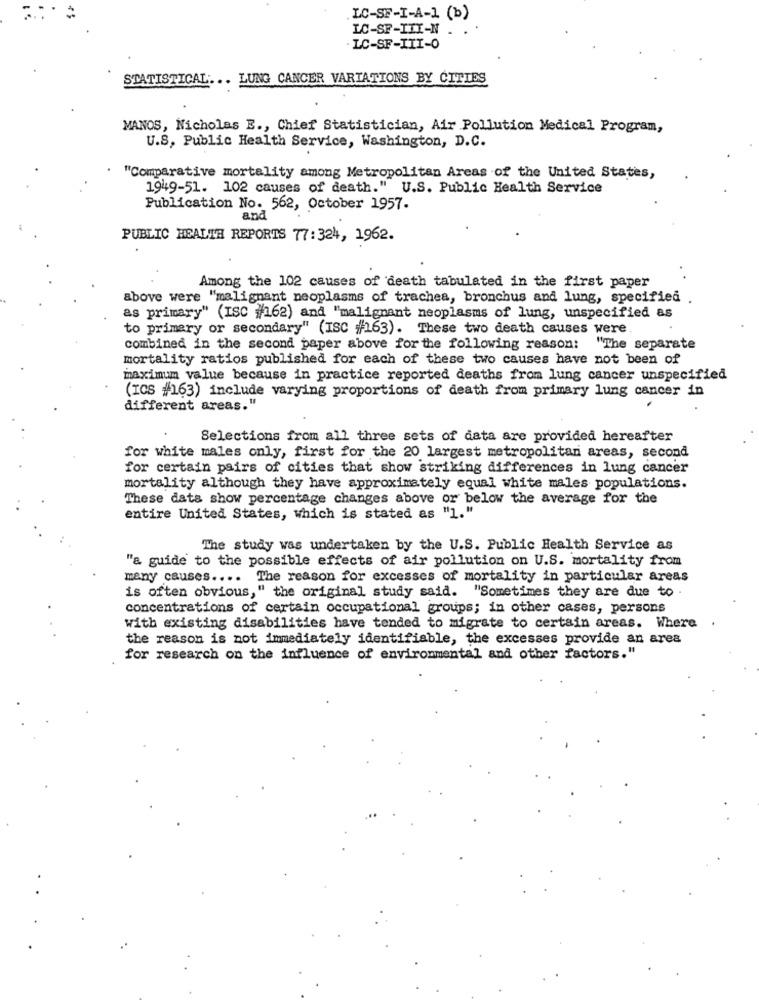
LC-SF-I-A-1 (b)
LC-SF-III-N
· LC-SF-III-0
STATISTICAL ... LUNG CANCER VARIATIONS BY CITIES
MANOS, Nicholas E ., Chief Statistician, Air Pollution Medical Program,
U.S, Public Health Service, Washington, D.C.
"Comparative mortality among Metropolitan Areas of the United States,
1949-51. 102 causes of death." U.S. Public Health Service
Publication No. 562, October 1957.
and
PUBLIC HEALTH REPORTS 77: 324, 1962.
Among the 102 causes of death tabulated in the first paper
above were "malignant neoplasms of trachea, bronchus and lung, specified .
as primary" (ISC #162) and "malignant neoplasms of lung, unspecified as
to primary or secondary" (ISC #163). These two death causes were.
combined in the second paper above for the following reason: "The separate
mortality ratios published for each of these two causes have not been of
maximum value because in practice reported deaths from lung cancer unspecified
(ICS #163) include varying proportions of death from primary lung cancer in
different areas."
Selections from all three sets of data are provided hereafter
for white males only, first for the 20 largest metropolitan areas, second
for certain pairs of cities that show striking differences in lung cancer
mortality although they have approximately equal white males populations.
These dats show percentage changes above or below the average for the
entire United States, which is stated as "1."
The study was undertaken by the U.S. Public Health Service as
"a guide to the possible effects of air pollution on U.S. mortality from
many causes .... The reason for excesses of mortality in particular areas
is often obvious, " the original study said. "Sometimes they are due to.
concentrations of certain occupational groups; in other cases, persons
with existing disabilities have tended to migrate to certain areas. Where
the reason is not immediately identifiable, the excesses provide an area
for research on the influence of environmental and other factors."